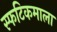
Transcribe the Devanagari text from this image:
स्फटिकमाला